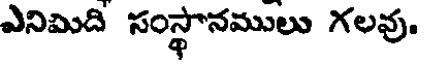
ఎనిమిది సంస్థానములు గలవు.